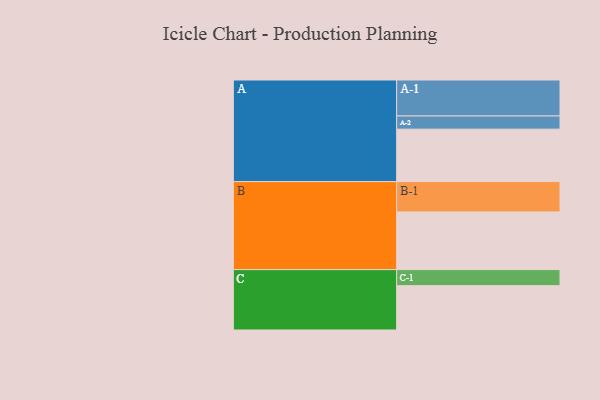
{"axis": {"x": "Segment", "y": "Value"}, "legend": ["", "A", "B", "C"], "data": [{"x": "A", "y": 363, "type": ""}, {"x": "B", "y": 399, "type": ""}, {"x": "C", "y": 307, "type": ""}, {"x": "A-1", "y": 249, "type": "A"}, {"x": "A-2", "y": 91, "type": "A"}, {"x": "B-1", "y": 210, "type": "B"}, {"x": "C-1", "y": 111, "type": "C"}]}